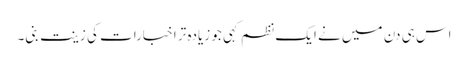
اس ہی دن میں نے ایک نظم کہی جو زیادہ تر اخبارات کی زینت بنی۔